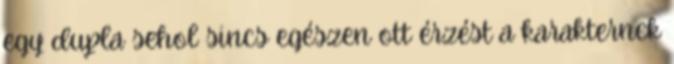
egy dupla sehol sincs egészen ott érzést a karakternek